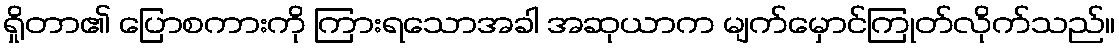
ရှိုတာ၏ ပြောစကားကို ကြားရသောအခါ အဆုယာက မျက်မှောင်ကြုတ်လိုက်သည်။